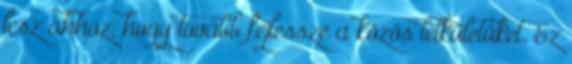
lesz ahhoz, hogy tovább fejlessze a közös lelkületüket. Ez